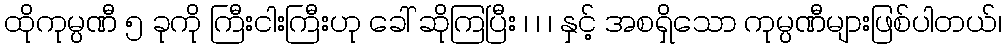
ထိုကုမ္ပဏီ ၅ ခုကို ကြီးငါးကြီးဟု ခေါ် ဆိုကြပြီး ၊ ၊ ၊ နှင့် အစရှိသော ကုမ္ပဏီများဖြစ်ပါတယ်၊